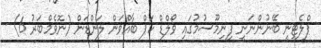
ޕްލެޓިނީ ބޭނުންނަނީ ފިނިމޫސުމުގައި ވޯލްޑް ކަޕް ބާއްވަން ލަންޑަން (ނޮވެމްބަރު 6) -